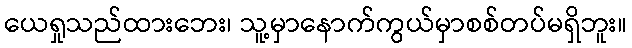
ယေရှုသည်ထားဘေး၊ သူ့မှာနောက်ကွယ်မှာစစ်တပ်မရှိဘူး။